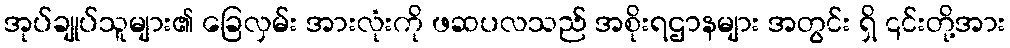
အုပ်ချုပ်သူများ၏ ခြေလှမ်း အားလုံးကို ဖဆပလသည် အစိုးရဌာနများ အတွင်း ရှိ ၎င်းတို့အား